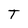
Character: T